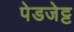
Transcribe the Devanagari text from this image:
पेडजेट्ट